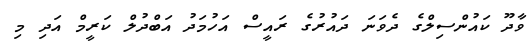
ވާދޫ ކައުންސިލްގެ ދެވަނަ ދައުރުގެ ރައީސް އަހުމަދު އަބްދުލް ކަރީމް އަދި މި